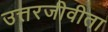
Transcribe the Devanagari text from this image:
उत्तरजीवीता